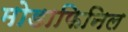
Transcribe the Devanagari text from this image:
मोडाफिनिल